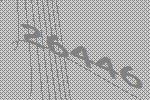
26446